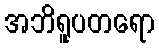
အဘိရူပတရော